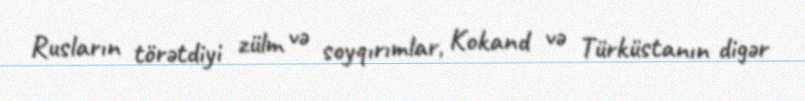
Rusların törətdiyi zülm və soyqırımlar, Kokand və Türküstanın digər